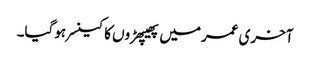
آخری عمرمیں پھیپھڑوں کا کینسر ہوگیا۔